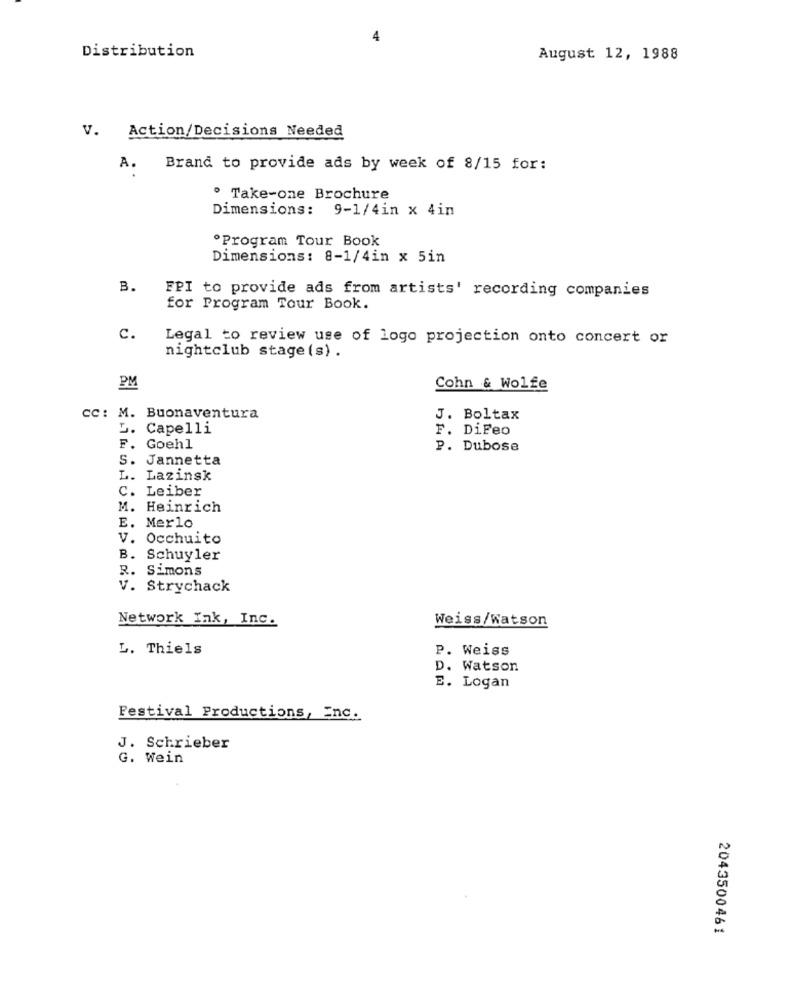
Distribution
August 12, 1988
V. Action/Decisions Needed
A.
Brand to provide ads by week of 8/15 for:
. Take-one Brochure
Dimensions: 9-1/4in x 4in
.Program Tour Book
Dimensions: 8-1/4in x 5in
B.
FPI to provide ads from artists' recording companies
for Program Tour Book.
c.
Legal to review use of logo projection onto concert or
nightclub stage (s) .
PM
Cohn & Wolfe
cc: M. Buonaventura
J. Boltax
D.
Capelli
F. DiFeo
F.
Goehl
P. Dubose
S. Jannetta
L. Lazinsk
C. Leiber
M. Heinrich
E. Merlo
V. Occhuito
B. Schuyler
R. Simons
V. Strychack
Network Ink, Inc.
Weiss/Watson
L. Thiels
P. Weiss
D. Watson
E. Logan
Festival Productions, Inc.
J. Schrieber
G. Wein
2043500461